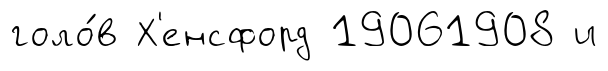
голо́в Х'енсфорд 19061908 и